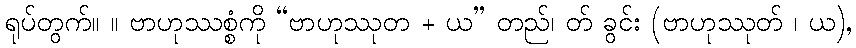
ရုပ်တွက်။ ။ ဗာဟုဿစ္စံကို “ဗာဟုဿုတ + ယ” တည်၊ တ် ခွင်း (ဗာဟုဿုတ် ၊ ယ),